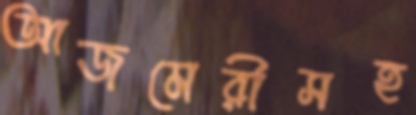
আজমেরীসহ